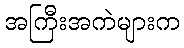
အကြီးအကဲများက